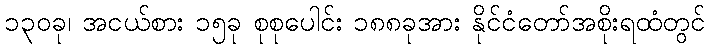
၁၃၀ခု၊ အငယ်စား ၁၅ခု စုစုပေါင်း ၁၈၈ခုအား နိုင်ငံတော်အစိုးရထံတွင်